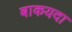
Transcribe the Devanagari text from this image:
बाकयदा